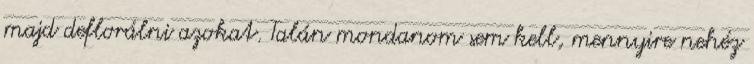
majd deflorálni azokat. Talán mondanom sem kell, mennyire nehéz